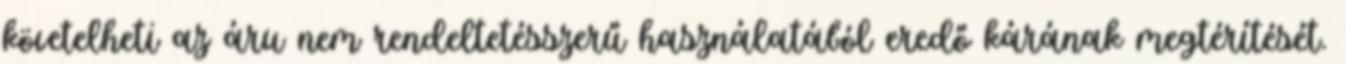
követelheti az áru nem rendeltetésszerű használatából eredő kárának megtérítését.